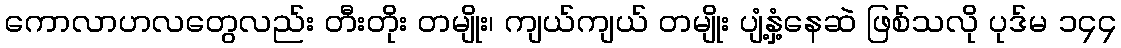
ကောလာဟလတွေလည်း တီးတိုး တမျိုး၊ ကျယ်ကျယ် တမျိုး ပျံ့နှံ့နေဆဲ ဖြစ်သလို ပုဒ်မ ၁၄၄